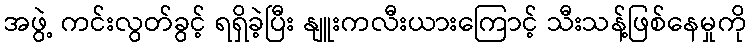
အဖွဲ့ ကင်းလွတ်ခွင့် ရရှိခဲ့ပြီး နျူးကလီးယားကြောင့် သီးသန့်ဖြစ်နေမှုကို